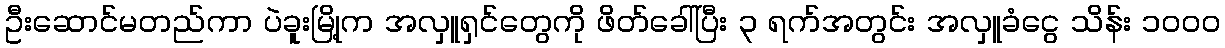
ဦးဆောင်မတည်ကာ ပဲခူးမြို့က အလှူရှင်တွေကို ဖိတ်ခေါ်ပြီး ၃ ရက်အတွင်း အလှူခံငွေ သိန်း ၁၀၀၀